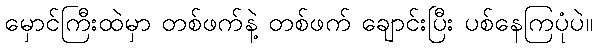
မှောင်ကြီးထဲမှာ တစ်ဖက်နဲ့ တစ်ဖက် ချောင်းပြီး ပစ်နေကြပုံပဲ။